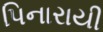
પિનારાયી